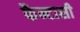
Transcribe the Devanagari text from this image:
फैन्टासी